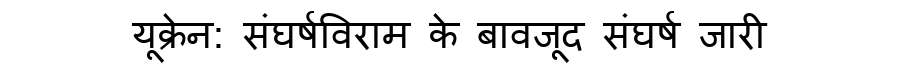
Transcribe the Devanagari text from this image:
यूक्रेन: संघर्षविराम के बावजूद संघर्ष जारी